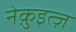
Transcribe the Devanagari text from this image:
नेक़ुइत्ज़